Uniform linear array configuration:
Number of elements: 4
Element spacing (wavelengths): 0.25
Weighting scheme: blackman
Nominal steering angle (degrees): -45
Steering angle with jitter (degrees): -45.656
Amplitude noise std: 0.05
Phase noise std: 0.05

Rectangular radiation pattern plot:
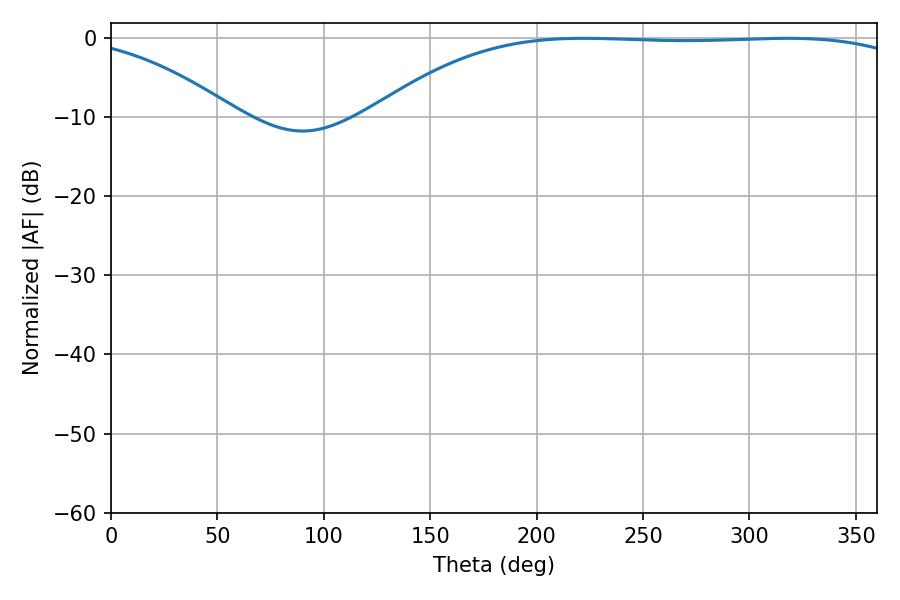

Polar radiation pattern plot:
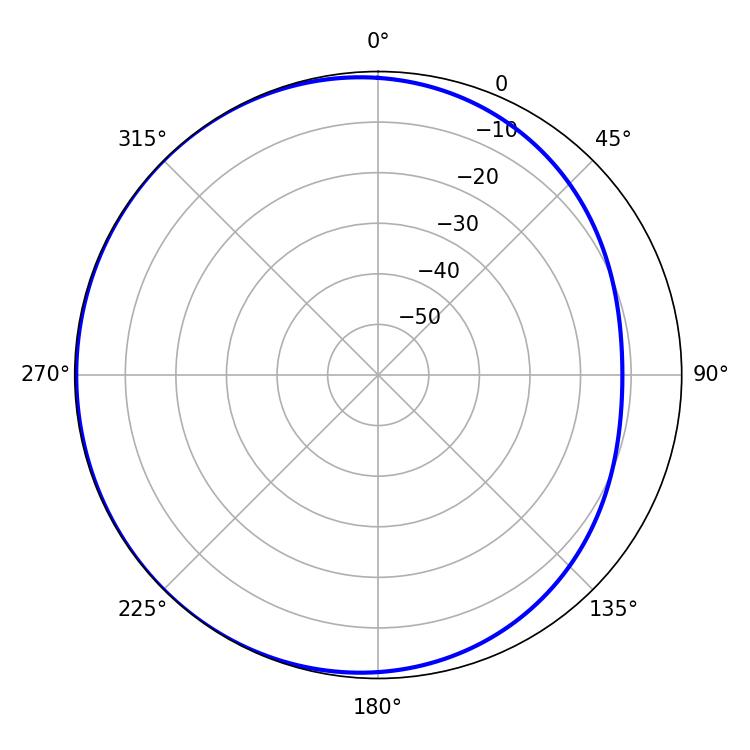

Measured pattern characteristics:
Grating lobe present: FALSE
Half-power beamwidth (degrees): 199.26
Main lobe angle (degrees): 222.12